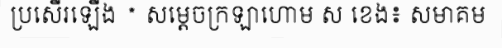
ប្រសើរឡើង * សម្តេចក្រឡាហោម ស ខេង៖ សមាគម